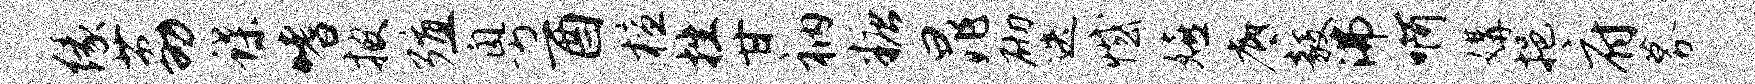
缘荔蝶嗜披殖粤酉檀挫甘衲糖晁砌迭憾嬉底毅沸啊媾挹府募